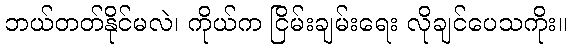
ဘယ်တတ်နိုင်မလဲ၊ ကိုယ်က ငြိမ်းချမ်းရေး လိုချင်ပေသကိုး။